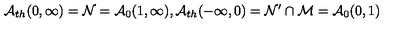
\mathcal { A } _ { t h } ( 0 , \infty ) = \mathcal { N } = \mathcal { A } _ { 0 } ( 1 , \infty ) , \mathcal { A } _ { t h } ( - \infty , 0 ) = \mathcal { N } ^ { \prime } \cap \mathcal { M = A } _ { 0 } ( 0 , 1 )